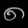
Digit: ၈